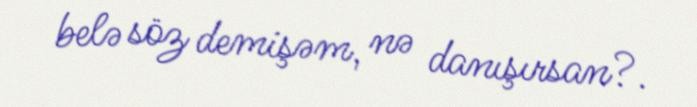
belə söz demişəm, nə danışırsan?.